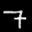
Label: 7